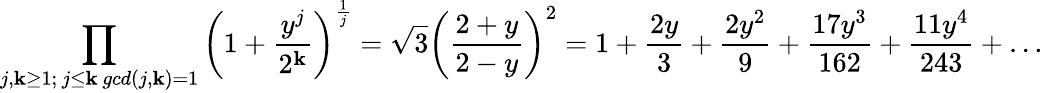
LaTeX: \prod_{\substack{j,\mathbf{k}\geq1;\, j\leq\mathbf{k}\, gcd(j,\mathbf{k})=1}}\left(1+\frac{{y^{j}}}{{2^{\mathbf{k}}}}\right)^{\frac{{1}}{{j}}}=\sqrt{{3}}{{\left(\frac{{2+y}}{{2-y}}\right)^{2}}}=1+\frac{{2y}}{{3}}+\frac{{2y^{2}}}{{9}}+\frac{{17y^{3}}}{{162}}+\frac{{11y^{4}}}{{243}}+\ldots